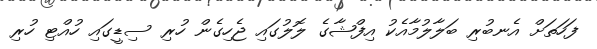
ފަހަތަށް އެނބުރި ބަލާލުމާއެކު އިފްޝާގެ ލޮލުގައި ޖެހިގެން ހުރި ސިޑީގައި ހުއްޓި ހުރި